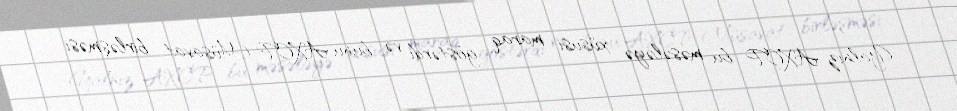
Yalnız AXCP bu məsələyə xüsusi maraq göstərdi və bunu AXCP-Müsavat birləşməsi